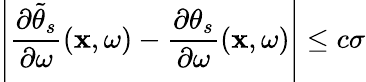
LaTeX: \left|\frac{\partial\widetilde{\theta}_{s}}{\partial\omega}(\mathbf{x},\omega)-\frac{\partial\theta_{s}}{\partial\omega}(\mathbf{x},\omega)\right|\leq c\sigma